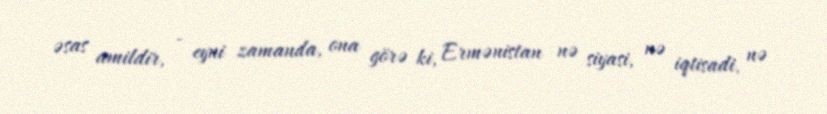
əsas amildir, - eyni zamanda, ona görə ki, Ermənistan nə siyasi, nə iqtisadi, nə